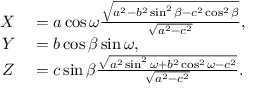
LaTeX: \begin{array} { r l } { X } & { { } = a \cos \omega { \frac { \sqrt { a ^ { 2 } - b ^ { 2 } \sin ^ { 2 } \beta - c ^ { 2 } \cos ^ { 2 } \beta } } { \sqrt { a ^ { 2 } - c ^ { 2 } } } } , } \\ { Y } & { { } = b \cos \beta \sin \omega , } \\ { Z } & { { } = c \sin \beta { \frac { \sqrt { a ^ { 2 } \sin ^ { 2 } \omega + b ^ { 2 } \cos ^ { 2 } \omega - c ^ { 2 } } } { \sqrt { a ^ { 2 } - c ^ { 2 } } } } . } \end{array}